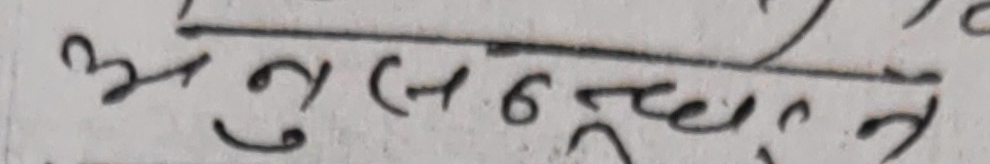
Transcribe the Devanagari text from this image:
अनुसन्धान